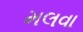
મલવા